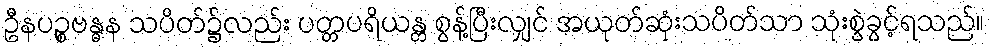
ဦနပဉ္စဗန္ဓန သပိတ်၌လည်း ပတ္တပရိယန္တ စွန့်ပြီးလျှင် အယုတ်ဆုံးသပိတ်သာ သုံးစွဲခွင့်ရသည်။